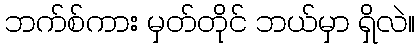
ဘက်စ်ကား မှတ်တိုင် ဘယ်မှာ ရှိလဲ။